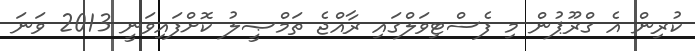
ކުރިން އެ ގްރޫޕުން މި ފެސްޓިވަލްގައި ރާއްޖެ ތަމްޞީލު ކޮށްފައިވަނީ 2013 ވަނަ